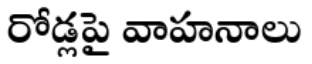
రోడ్లపై వాహనాలు